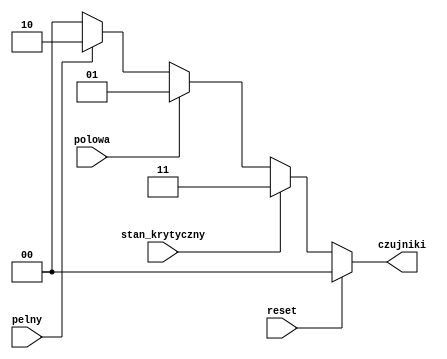
`timescale 1ns / 1ps
//////////////////////////////////////////////////////////////////////////////////
// Company: 
// Engineer: 
// 
// Design Name: 
// Module Name: czujniki
// Project Name: 
// Target Devices: 
// Tool Versions: 
// Description: 
// 
// Dependencies: 
// 
// Revision:
// Revision 0.01 - File Created
// Additional Comments:
// 
//////////////////////////////////////////////////////////////////////////////////


module czujniki(
    input pelny,
    input polowa,
    input stan_krytyczny,
    input reset,
    output reg [1:0] czujniki
    );
    always @(*)begin
    if(reset) czujniki<=2'b00;
    else if(stan_krytyczny) czujniki<=2'b11;
    else if(polowa) czujniki<=2'b01;
    else if(pelny) czujniki<=2'b10;
    else czujniki<=2'b00;
    end
endmodule